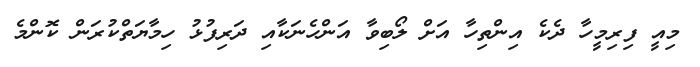
މިއީ ފިރިމީހާ ދެކެ އިންތިހާ އަށް ލޯބިވާ އަންހެނަކާއި ދަރިފުޅު ހިމާޔަތްކުރަން ކޮންމެ